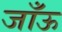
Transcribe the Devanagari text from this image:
जाँऊ